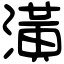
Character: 潢